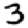
Digit: 3